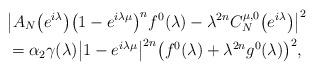
LaTeX: \begin{align*}&\big|A_N\bigl(e^{i\lambda}\bigr)\bigl(1-e^{i\lambda\mu}\bigr)^{n}f^0(\lambda)-\lambda^{2n}C^{\mu,0}_{N}\bigl(e^{i\lambda}\bigr)\big|^2\\&=\alpha_2\gamma(\lambda)\big|1-e^{i\lambda\mu}\big|^{2n}\bigl(f^0(\lambda)+\lambda^{2n}g^0(\lambda)\bigr)^2,\end{align*}